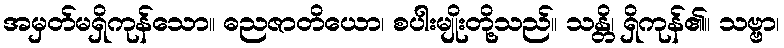
အမှတ်မရှိကုန်သော။ ဓညဇာတိယော၊ စပါးမျိုးတို့သည်။ သန္တိ၊ ရှိကုန်၏။ သဗ္ဗာ၊